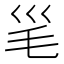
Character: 𣬡